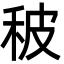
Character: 秛